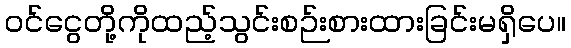
ဝင်ငွေတို့ကိုထည့်သွင်းစဉ်းစားထားခြင်းမရှိပေ။